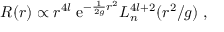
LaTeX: R ( r ) \propto r ^ { 4 l } \; \mathrm { e } ^ { - \frac { 1 } { 2 g } r ^ { 2 } } L _ { n } ^ { 4 l + 2 } ( r ^ { 2 } / g ) \; ,